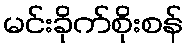
မင်းခိုက်စိုးစန်